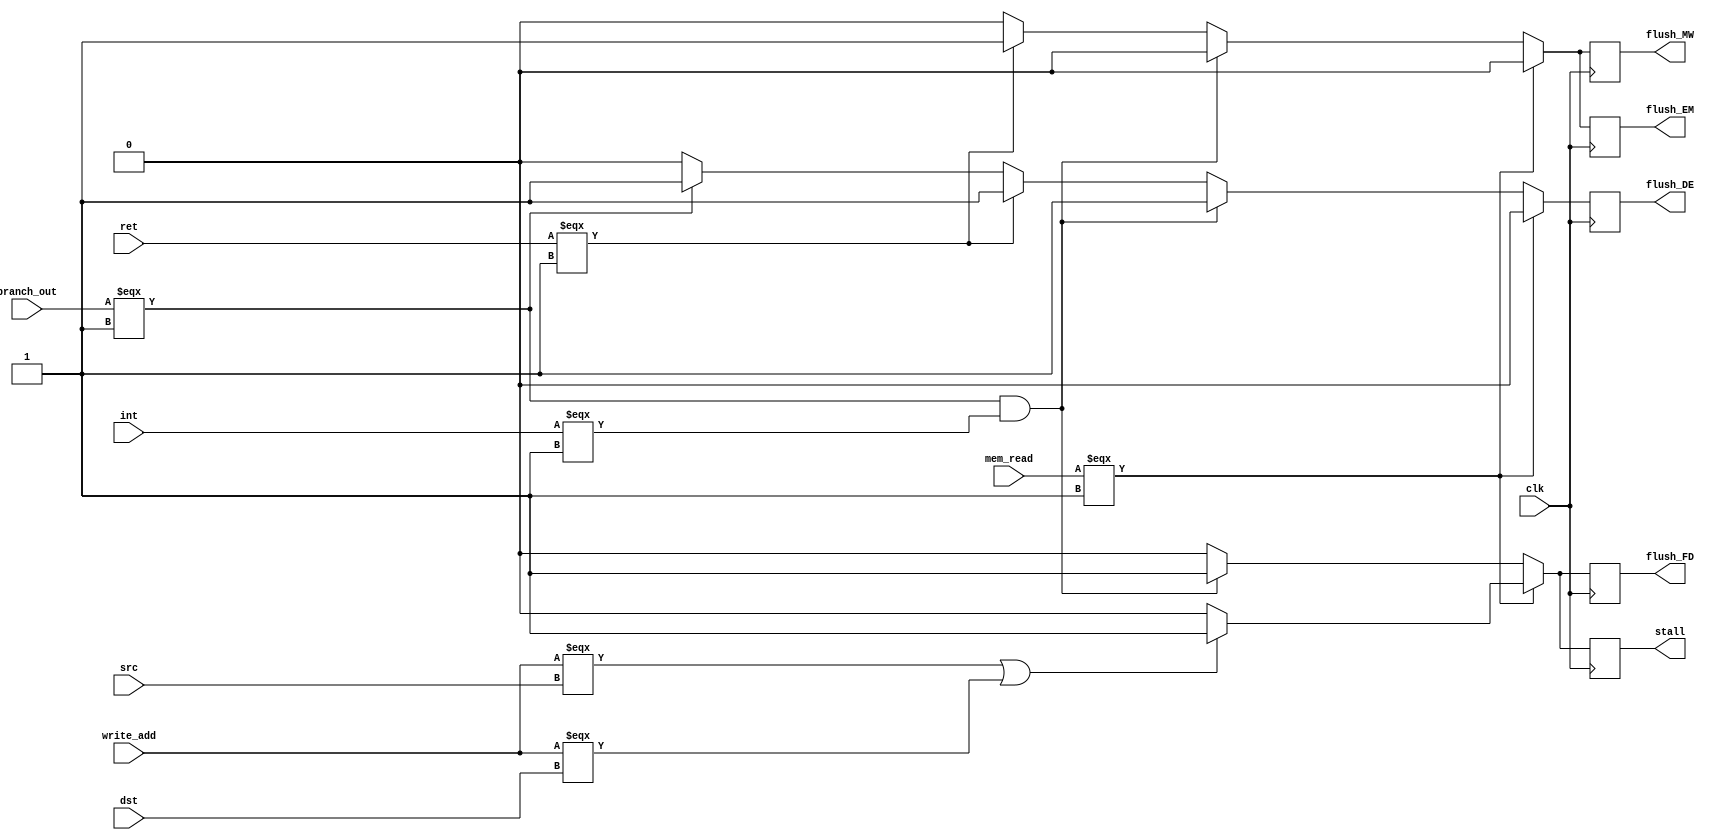
module HDU(
clk,
mem_read,
write_add,
src,
dst,
int,
branch_out,
ret,
flush_FD,
flush_DE,
flush_EM,
flush_MW,
stall
);
input clk,mem_read,int,branch_out,ret;
input [2:0]write_add,src,dst;
output reg flush_FD, flush_DE, flush_EM,flush_MW, stall;

always @(negedge clk) begin
  flush_DE = 1'b0;
  flush_FD = 1'b0;
  flush_EM=1'b0;       
  flush_MW=1'b0;       
  stall = 1'b0;
  if(mem_read === 1'b1 && stall === 1'b0) begin   
    //load use case
    if(write_add=== src || write_add===dst)begin
    stall=1'b1; // PC 
    flush_FD=1'b1; // FD buffer
    end
  end else if(branch_out === 1'b1 && int === 1'b1)begin 
    stall=1'b1; 
    flush_DE=1'b1;
    flush_FD=1'b1; 
    // in case of ret and rti need to flush all buffers before EX_buff on count
  end else if(ret===1'b1 ) begin  // ret rti
    // flush_FD=1'b1; 
    flush_DE=1'b1;       
    flush_EM=1'b1;       
    flush_MW=1'b1;       
  end else if(branch_out === 1'b1  // jmp      
	        ) begin
      // ret - rti - jmp - interupt
    flush_DE=1'b1;
  end

end

// always @(posedge clk) begin
//   flush_DE = 1'b0;
//   flush_FD = 1'b0;
//   flush_EM=1'b0;       
//   stall = 1'b0;
//   if(ret===1'b1 ) begin  // ret rti
//     flush_FD=1'b1; 
//     flush_DE=1'b1;       
//     flush_EM=1'b1;       
//   end 
// end



endmodule